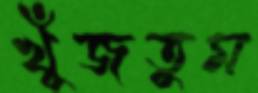
খুঁজতুম